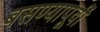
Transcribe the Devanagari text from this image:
बसण्यापूर्वी